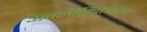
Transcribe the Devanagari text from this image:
अवलोकितेश्वराय